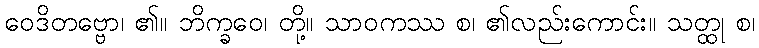
ဝေဒိတဗ္ဗော၊ ၏။ ဘိက္ခဝေ၊ တို့။ သာဝကဿ စ၊ ၏လည်းကောင်း။ သတ္ထု စ၊